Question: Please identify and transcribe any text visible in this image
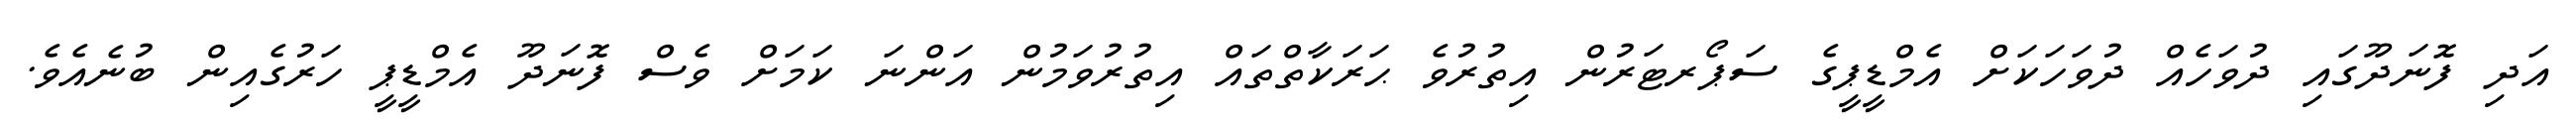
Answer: އަދި ފޮނަދޫގައި ދުވަހެއް ދުވަހަކަށް އެމްޑީޕީގެ ސަޕޯރޓަރުން އިތުރުވެ ޙަރަކާތްތައް އިތުރުވަމުން އަންނަ ކަމަށް ވެސް ފޮނަދޫ އެމްޑީޕީ ހަރުގެއިން ބުނެއެވެ.